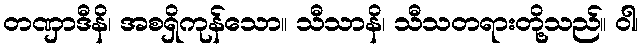
တဏှာဒီနိ၊ အစရှိကုန်သော။ သီသာနိ၊ သီသတရားတို့သည်။ ဝါ၊